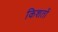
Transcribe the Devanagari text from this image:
किशतों